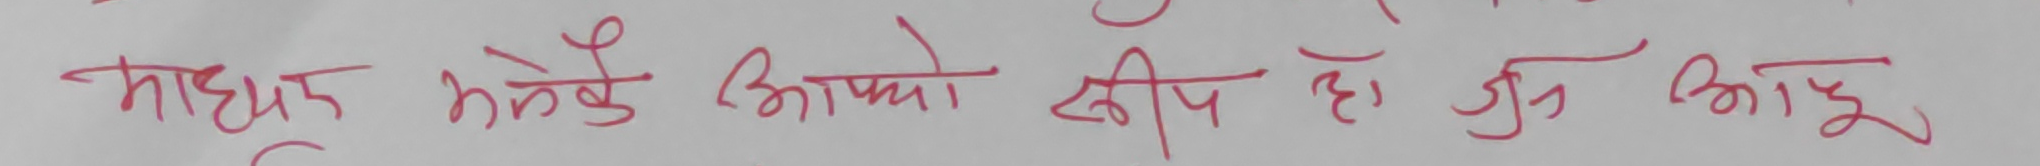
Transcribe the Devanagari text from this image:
माधुर भनेकै आफ्नो रूचि हो जुन आफू